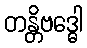
တန္တိဗဒ္ဓေါ